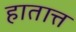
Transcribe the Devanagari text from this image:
हातात्त